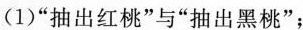
(1)“抽出红桃”与“抽出黑桃”；